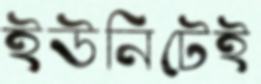
ইউনিটেই